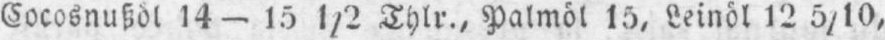
Cocosnußöl 14-15 1/2 Thlr., Palmöl 15, Leinöl 12 5/10,